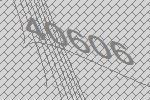
40606